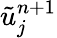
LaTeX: \tilde{u}_{j}^{n+1}